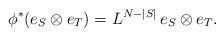
LaTeX: \begin{align*}\phi^*(e_S \otimes e_T) = L^{N -|S|} \, e_S \otimes e_T.\end{align*}